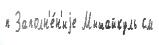
п Заполн'е́н'иjе Мышайкуль см